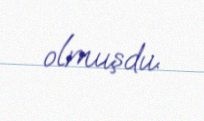
olmuşdu.